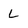
Character: L